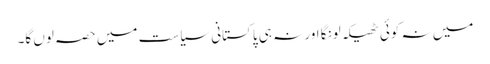
میں نہ کوئی ٹھیکہ لونگا اور نہ ہی پاکستانی سیاست میں حصہ لوں گا۔